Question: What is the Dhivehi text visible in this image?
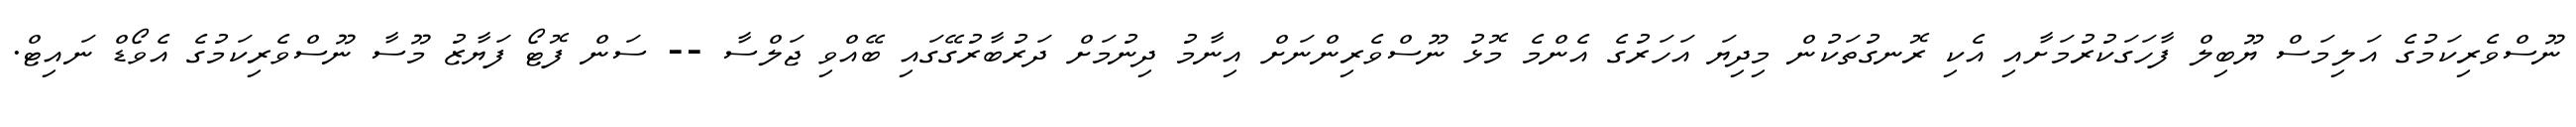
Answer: ނޫސްވެރިކަމުގެ އަލިމަސް ޔޫބިލް ފާހަގަކުރުމަށާއި އެކި ރޮނގުތަކުން މިދިޔަ އަހަރުގެ އެންމެ މޮޅު ނޫސްވެރިންނަށް އިނާމު ދިނުމަށް ދަރުބާރުގޭގައި ބޭއްވި ޖަލްސާ -- ސަން ފޮޓޯ ފަޔާޒު މޫސާ ނޫސްވެރިކަމުގެ އެވޯޑް ނައިޓް.